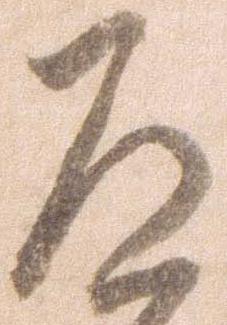
道